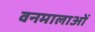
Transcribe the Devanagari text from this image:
वनमालाओं